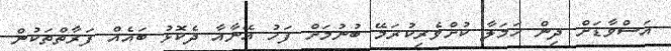
އަސްވާޑަށް ދިން ހަމަލާ ކުށްވެރިކުރަމޭ ބުނުމަށް ފަހު އޭނާއާ ދެކޮޅު ބައެއް ފަރާތްތަކުން